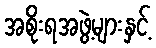
အစိုးရအဖွဲ့များနှင့်